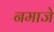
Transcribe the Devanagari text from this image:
नमाजे